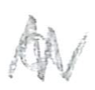
Text: a
Cross-out: zig-zag
Writing tool: pencil